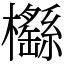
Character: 櫾